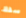
سفك